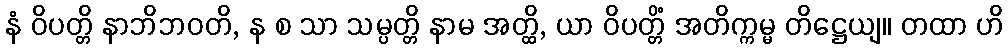
နံ ဝိပတ္တိ နာဘိဘဝတိ, န စ သာ သမ္ပတ္တိ နာမ အတ္ထိ, ယာ ဝိပတ္တိံ အတိက္ကမ္မ တိဋ္ဌေယျ။ တထာ ဟိ